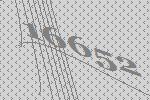
16652